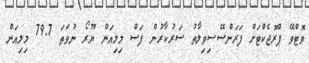
ވޮޓްވޭ ޕްރޮޖެކްޓަށް ފަރަންސޭސިވިލާތު ސަރުކާރުން ފަސް މިލިއަން ޔޫރޯ ނުވަތަ 79.7 މިލިއަން